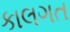
કાલગત